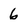
Character: 6